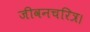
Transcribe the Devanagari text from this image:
जीवनचरित्र।